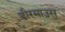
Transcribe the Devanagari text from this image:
डौरमाउस